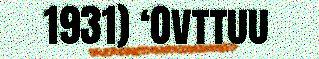
1931) ‘Ovttuu